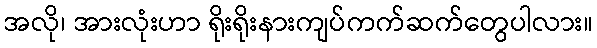
အလို၊ အားလုံးဟာ ရိုးရိုးနားကျပ်ကက်ဆက်တွေပါလား။